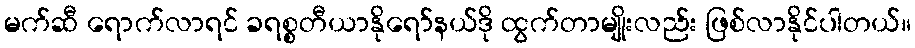
မက်ဆီ ရောက်လာရင် ခရစ္စတီယာနိုရော်နယ်ဒို ထွက်တာမျိုးလည်း ဖြစ်လာနိုင်ပါတယ်။